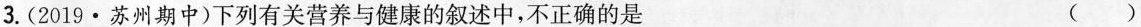
3.(2019·苏州期中)下列有关营养与健康的叙述中，不正确的是（）